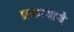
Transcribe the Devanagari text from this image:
प्रकाशचे